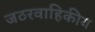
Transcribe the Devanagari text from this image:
जठरवाहिकीय